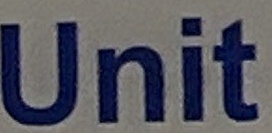
Unit